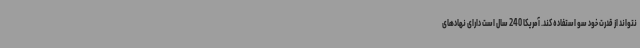
نتواند از قدرت خود سو استفاده کند. آمریکا 240 سال است دارای نهادهای